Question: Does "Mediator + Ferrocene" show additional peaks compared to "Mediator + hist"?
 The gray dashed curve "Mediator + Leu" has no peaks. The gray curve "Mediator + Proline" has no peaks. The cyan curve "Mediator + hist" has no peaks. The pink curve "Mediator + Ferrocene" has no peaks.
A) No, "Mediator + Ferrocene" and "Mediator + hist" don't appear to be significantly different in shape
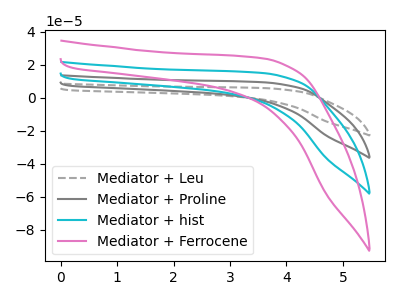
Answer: <think>Neither "Mediator + Ferrocene" or "Mediator + hist" have any peaks.
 </think>
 <answer>A) No, "Mediator + Ferrocene" and "Mediator + hist" don't appear to be significantly different in shape</answer>
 <eval>A</eval>